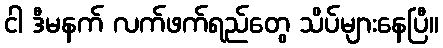
ငါ ဒီမနက် လက်ဖက်ရည်တွေ သိပ်များနေပြီ။